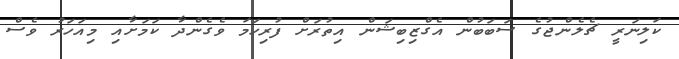
ކަލިނަރީ ޗެލެންޖުގެ ސަބަބުން އެގްޒިބިޝަން އިތުރަށް ފުރިހަމަ ވެގެންދާ ކަމަށާއި މިއަހަރު ވެސް